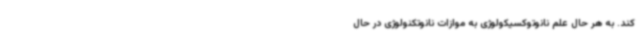
کند. به هر حال علم نانوتوکسیکولوژی به موازات نانوتکنولوژی در حال